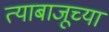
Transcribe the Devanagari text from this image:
त्याबाजूच्या